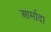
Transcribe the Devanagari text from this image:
आर्मादा